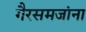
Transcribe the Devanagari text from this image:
गैरसमजांना